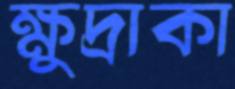
ক্ষুদ্রাকা